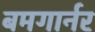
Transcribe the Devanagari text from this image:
बमगार्नर